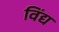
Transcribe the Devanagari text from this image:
विंद्य